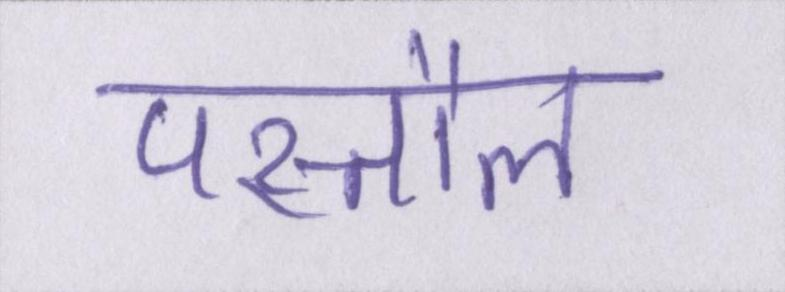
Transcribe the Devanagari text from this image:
पस्तौल